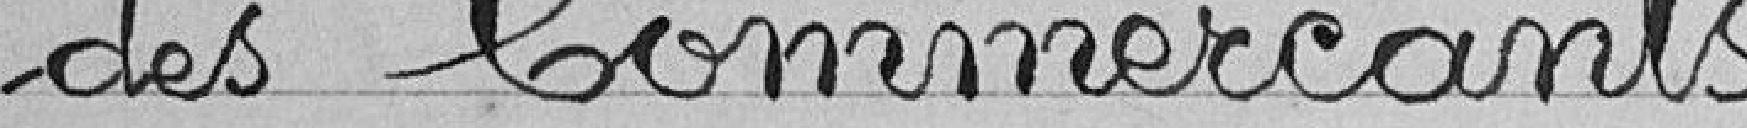
des commerçants